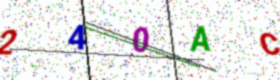
Text: 240AC